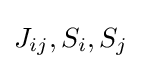
J_{ij},S_{i},S_{j}